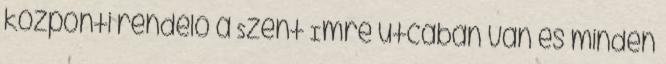
központi rendelő a Szent Imre utcában van és minden